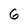
Character: 6